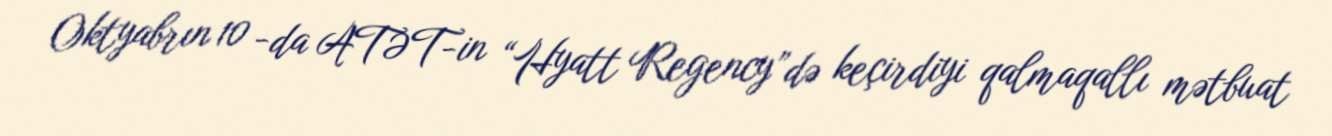
Oktyabrın 10 -da ATƏT-in “Hyatt Regency”də keçirdiyi qalmaqallı mətbuat